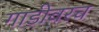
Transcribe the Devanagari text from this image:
गाडीवरच